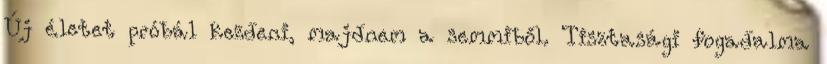
Új életet próbál kezdeni, majdnem a semmiből. Tisztasági fogadalma